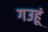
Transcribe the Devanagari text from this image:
गउहूं